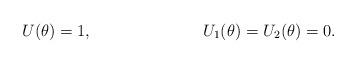
LaTeX: \begin{align*}&U(\theta)=1,&&U_1(\theta)=U_2(\theta)=0.\end{align*}